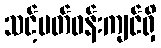
သင့်ပတ်ဝန်းကျင်ရှိ